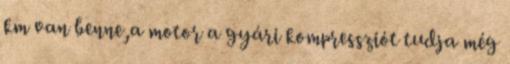
km van benne,a motor a gyári kompressziót tudja még